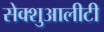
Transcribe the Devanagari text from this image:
सेक्शुआलीटी